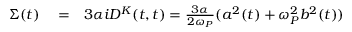
\begin{array} { r l r } { \Sigma ( t ) } & { { } = } & { { 3 } \alpha i D ^ { K } ( t , t ) = \frac { 3 \alpha } { 2 \omega _ { P } } ( a ^ { 2 } ( t ) + \omega _ { P } ^ { 2 } b ^ { 2 } ( t ) ) } \end{array}